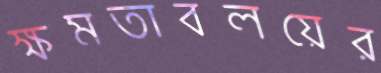
ক্ষমতাবলয়ের